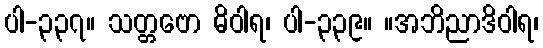
ပါ-၃၃၇။ သတ္တဗော ဓိဝါရ၊ ပါ-၃၃၉။ ။အဘိညာဒိဝါရ၊